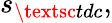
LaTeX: s_{\textsc{tdc}},